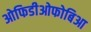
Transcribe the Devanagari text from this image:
ओफिडीओफोबिआ